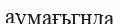
аумағьгнда